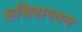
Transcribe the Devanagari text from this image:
सचिवागवन